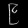
Digit: ၉